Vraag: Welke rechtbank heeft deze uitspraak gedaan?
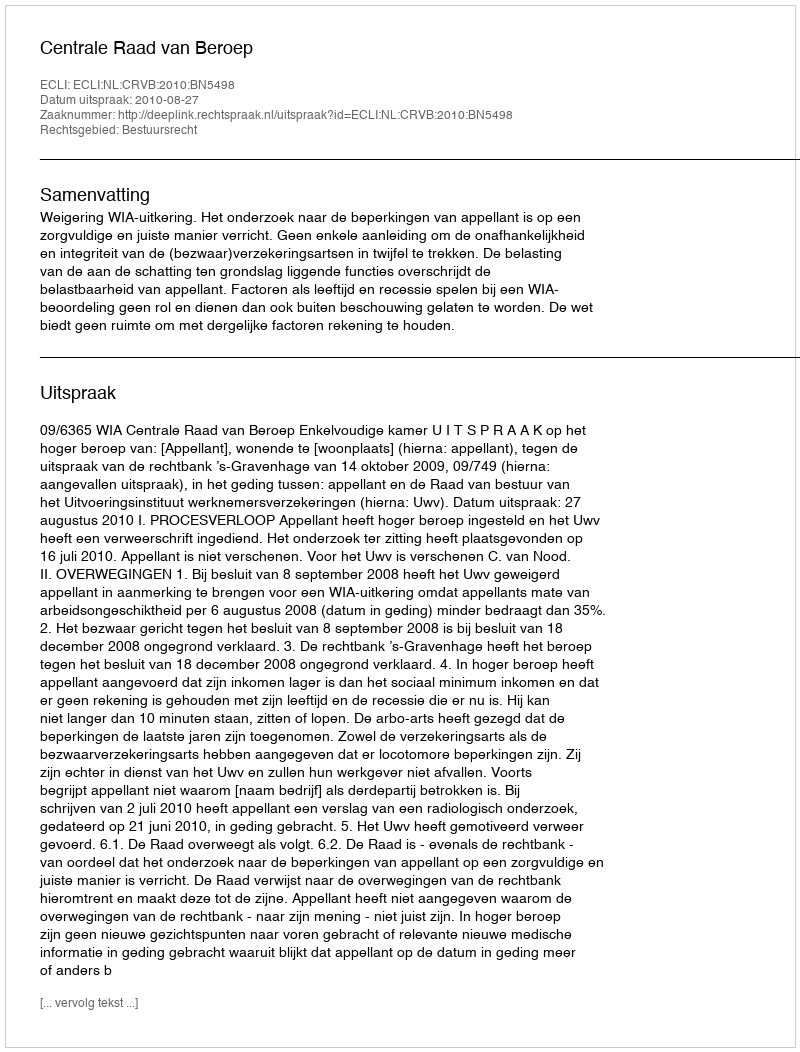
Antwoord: Centrale Raad van Beroep